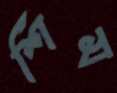
শিম